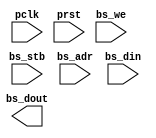
module nova_io_pio_snooper(pclk, prst, bs_stb, bs_we, bs_adr, bs_din, bs_dout);
   input pclk;
   input prst;
   input bs_stb;
   input bs_we;
   input [0:7] bs_adr;
   input [0:15] bs_din;
   output [0:15] bs_dout;
      
   always @(posedge pclk) begin
	 if(bs_stb) begin
	    $display("%m Device %o Strobe! %h %b %b", 
		     bs_adr[0:5], bs_din, bs_adr[6:7], bs_we);

	    if(bs_we) begin
	       case(bs_adr[6:7])
		 2'b00:
		   begin
		      case(bs_din[14:15])
			2'b00:
			  $display("%m Spurious Update");
			2'b01:
			  $display("%m Start");
			2'b10:
			  $display("%m Clear");
			2'b11:
			  $display("%m Pulse");
		      endcase // case (bs_din[0:1])
		   end
		 2'b01:
		   $display("%m DOA %h", bs_din);
		 2'b10:
		   $display("%m DOB %h", bs_din);
		 2'b11:
		   $display("%m DOC %h", bs_din);
	       endcase // case (bs_adr[6:7])
	    end // if (bs_we)
	    else begin
		 case(bs_adr[6:7])
		   2'b00:
		     $display("%m Flag Read");     
		   2'b01:
		     $display("%m DIA");
		   2'b10:
		     $display("%m DIB");
		   2'b11:
		     $display("%m DIC");
		   endcase // case (bs_adr[6:7])
	    end // else: !if(bs_we)
	 end
   end
endmodule